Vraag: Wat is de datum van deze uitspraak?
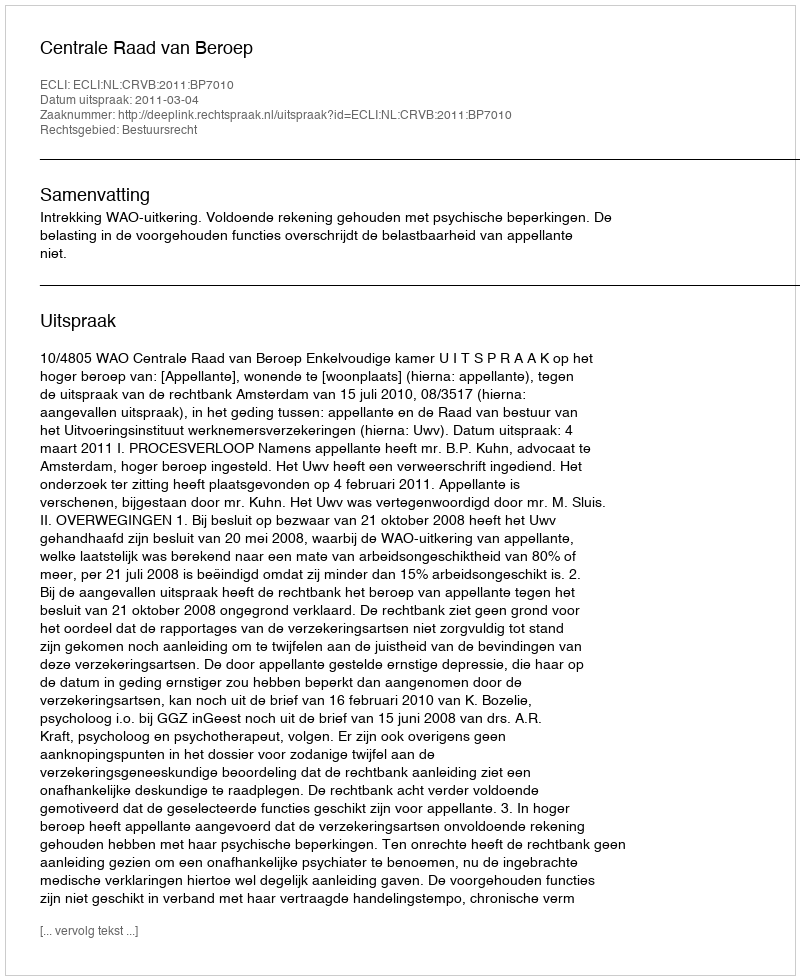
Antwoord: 2011-03-04